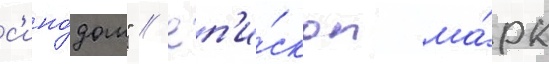
с'ино́дом" // Еп'и́скоп ма́рк